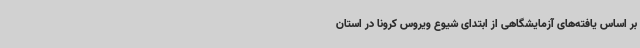
بر اساس یافته‌های آزمایشگاهی از ابتدای شیوع ویروس کرونا در استان